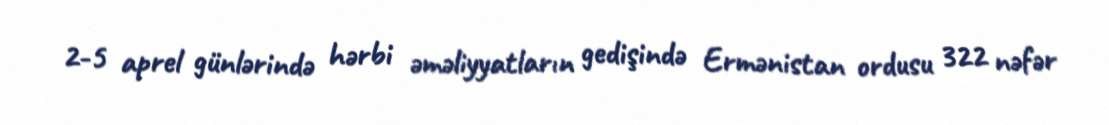
2-5 aprel günlərində hərbi əməliyyatların gedişində Ermənistan ordusu 322 nəfər